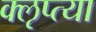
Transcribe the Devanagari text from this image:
क्‍ऌप्‍त्या